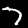
Label: 7